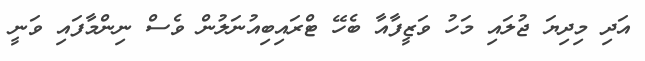
އަދި މިދިޔަ ޖުލައި މަހު ވަޒީފާއާ ބެހޭ ޓްރައިބިއުނަލުން ވެސް ނިންމާފައި ވަނީ